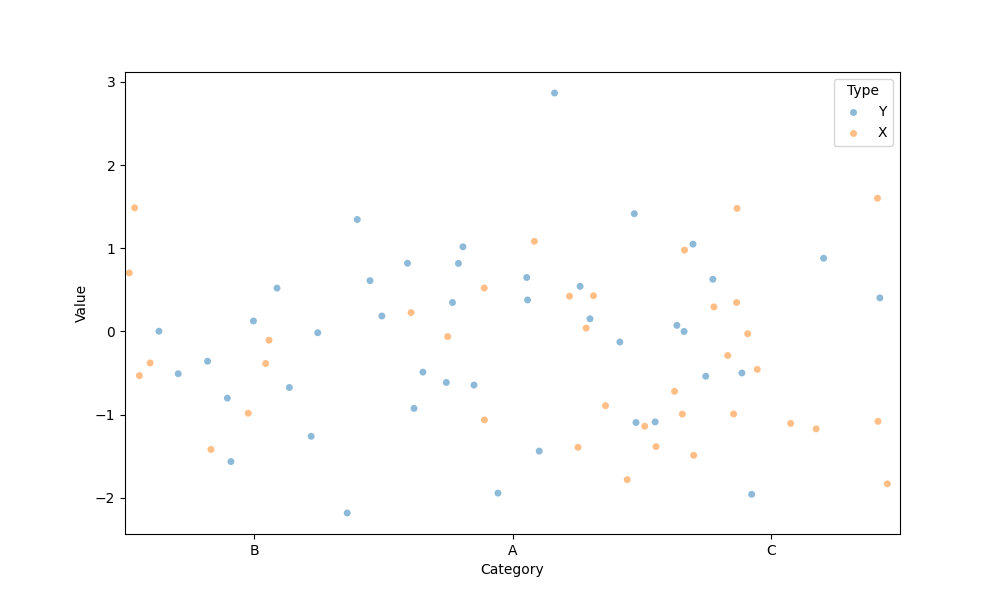
python, seaborn, stripplot, jitter=True, dodge=False, alpha=0.5, size=5